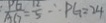
\frac { P G } { A G } = \frac { 1 2 } { 5 } \therefore P G = 2 4